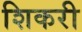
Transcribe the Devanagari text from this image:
शिकरी